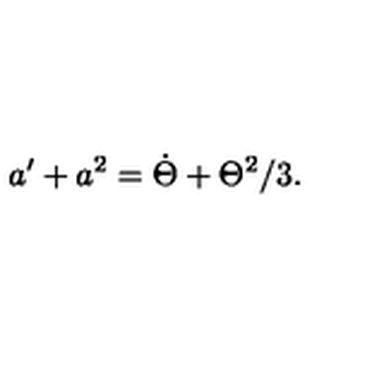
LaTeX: a ^ { \prime } + a ^ { 2 } = \dot { \Theta } + \Theta ^ { 2 } / 3 .